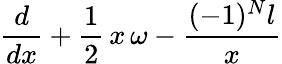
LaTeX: \frac{d}{dx}+\frac{1}{2}\, x\, \omega-\frac{(-1)^{N}l}{x}